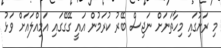
މި ރަށުގައި މިހާތަނަށް ނަޖިސް ބޭރު ކުރަމުން އައީ ގޭގޭގައި އަމިއްލައަށް ވަޅު